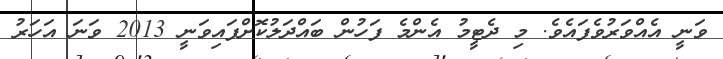
ވަނީ އެއްވަރުވެފައެވެ. މި ދެޓީމު އެންމެ ފަހުން ބައްދަލުކޮށްފައިވަނީ 2013 ވަނަ އަހަރު